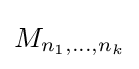
M_{n_{1},...,n_{k}}